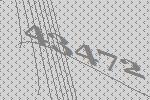
43472